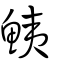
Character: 鮧